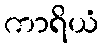
ကာရိယံ